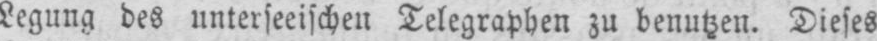
Legung des unterseeischen Telegraphen zu benutzen. Dieses